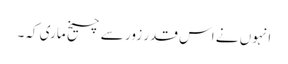
انہوں نے اس قدر زور سے چیخ ماری کہ۔